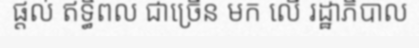
ផ្តល់ ឥទ្ធិពល ជាច្រើន មក លើ រដ្ឋាភិបាល